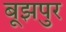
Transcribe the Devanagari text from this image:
बूझपुर